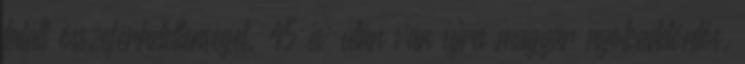
talált összeférhetetlenséget. 45 év után van újra magyar nyolcaddöntős.